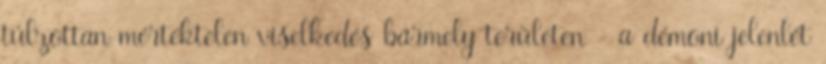
túlzottan mértéktelen viselkedés bármely területen - a démoni jelenlét